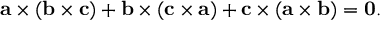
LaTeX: \mathbf { a } \times ( \mathbf { b } \times \mathbf { c } ) + \mathbf { b } \times ( \mathbf { c } \times \mathbf { a } ) + \mathbf { c } \times ( \mathbf { a } \times \mathbf { b } ) = \mathbf { 0 } .